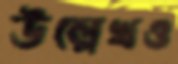
উল্লেখও